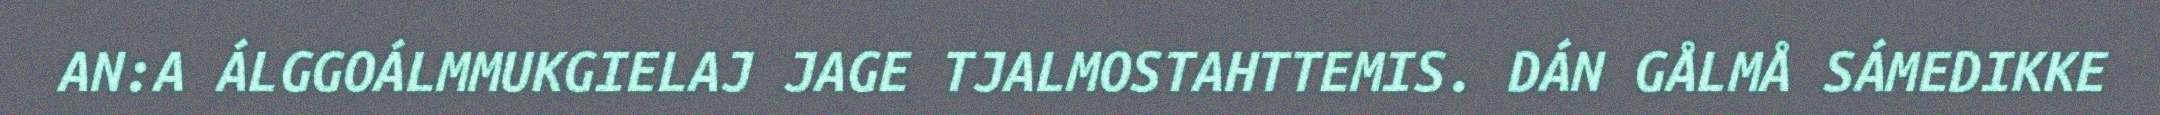
AN:A ÁLGGOÁLMMUKGIELAJ JAGE TJALMOSTAHTTEMIS. DÁN GÅLMÅ SÁMEDIKKE